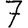
Digit: 7